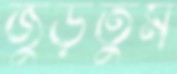
জুড়তুম